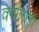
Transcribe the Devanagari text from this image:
वर्गालाही